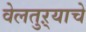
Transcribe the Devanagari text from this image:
वेलतुऱ्याचे